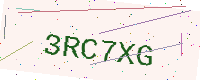
Text: 3RC7XG